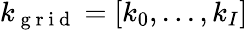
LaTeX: k_{\mathrm{~g~r~i~d~}}=[k_{0},...,k_{I}]